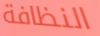
النظافة